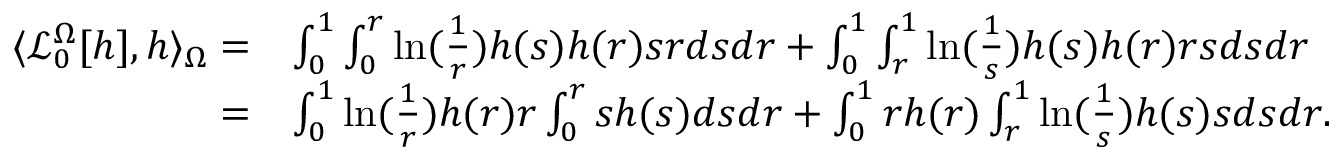
\begin{array} { r l } { \langle \mathcal { L } _ { 0 } ^ { \Omega } [ h ] , h \rangle _ { \Omega } = } & { \int _ { 0 } ^ { 1 } \int _ { 0 } ^ { r } \ln ( \frac 1 r ) h ( s ) h ( r ) s r d s d r + \int _ { 0 } ^ { 1 } \int _ { r } ^ { 1 } \ln ( \frac 1 s ) h ( s ) h ( r ) r s d s d r } \\ { = } & { \int _ { 0 } ^ { 1 } \ln ( \frac 1 r ) h ( r ) r \int _ { 0 } ^ { r } s h ( s ) d s d r + \int _ { 0 } ^ { 1 } r h ( r ) \int _ { r } ^ { 1 } \ln ( \frac 1 s ) h ( s ) s d s d r . } \end{array}